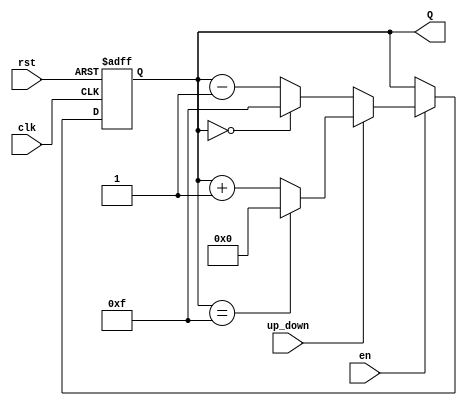
module binary_counter #(
    parameter WIDTH = 4  // Width of the counter (number of bits)
)(
    input wire clk,      // Clock signal
    input wire rst,      // Asynchronous reset signal
    input wire en,       // Enable signal
    input wire up_down,  // Count direction: 1 for up, 0 for down
    output reg [WIDTH-1:0] Q // Current count value
);

    // Asynchronous reset and counting logic
    always @(posedge clk or posedge rst) begin
        if (rst) begin
            Q <= 0; // Reset the counter to zero
        end else if (en) begin
            if (up_down) begin
                // Count up
                Q <= (Q == (1 << WIDTH) - 1) ? 0 : Q + 1; // Wrap around
            end else begin
                // Count down
                Q <= (Q == 0) ? (1 << WIDTH) - 1 : Q - 1; // Wrap around
            end
        end
    end

endmodule